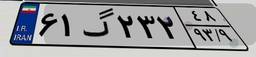
۸۳گ۶۶۴۴۶